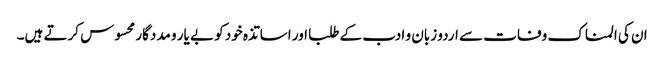
ان کی المناک وفات سے اردو زبان و ادب کے طلبا اور اساتذہ خود کو بے یار و مددگار محسوس کرتے ہیں۔